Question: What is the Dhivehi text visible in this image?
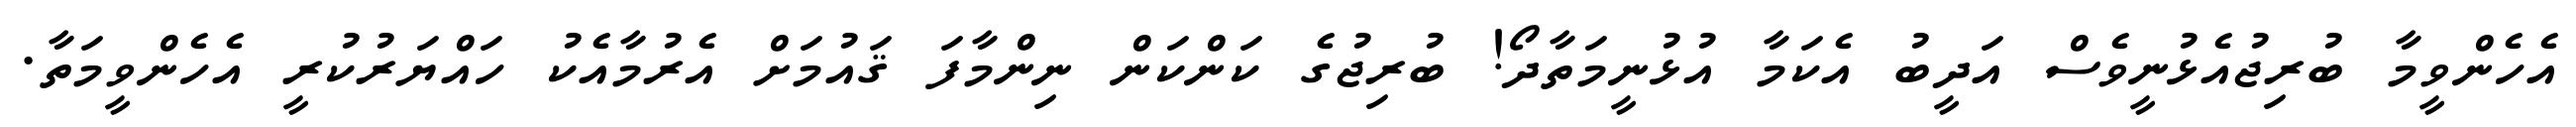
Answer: އެހެންވީމާ ބުރިޖުއެޅުނީވެސް އަދީބު އެކަމާ އުޅުނީމަތާދޯ! ބުރިޖުގެ ކަންކަން ނިންމާފަ ޤައުމަށް އެރުމާއެކު ހައްޔަރުކުރީ އެހެންވީމަތާ.